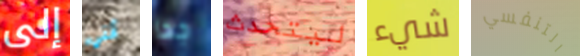
إلى أنني جدا ليتحدث شيء التنفسي